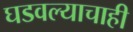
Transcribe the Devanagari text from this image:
घडवल्याचाही